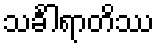
သင်္ခါရာတိဿ